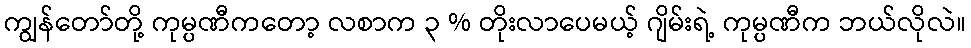
ကျွန်တော်တို့ ကုမ္ပဏီကတော့ လစာက ၃ % တိုးလာပေမယ့် ဂျိမ်းရဲ့ ကုမ္ပဏီက ဘယ်လိုလဲ။